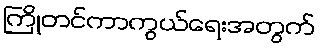
ကြိုတင်ကာကွယ်ရေးအတွက်